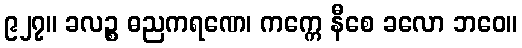
၉၂၇။ ခလဉ္စ ဓညကရဏေ၊ ကက္ကေ နီစေ ခလော ဘဝေ။